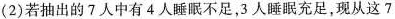
(2)若抽出的7人中有4人睡眠不足，3人睡眠充足，现从这7